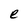
Character: e